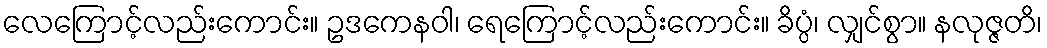
လေကြောင့်လည်းကောင်း။ ဥဒကေနဝါ၊ ရေကြောင့်လည်းကောင်း။ ခိပ္ပံ၊ လျှင်စွာ။ နလုဇ္ဇတိ၊